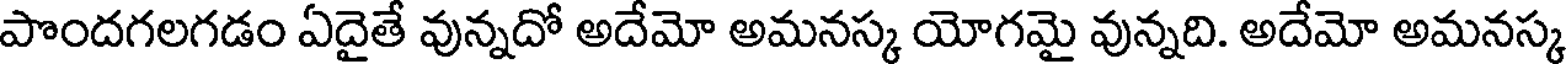
పొందగలగడం ఏదైతే వున్నదో అదేమో అమనస్క యోగమై వున్నది. అదేమో అమనస్క